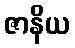
ဇာနိယ